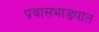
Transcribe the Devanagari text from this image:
प्रवासभाड्यात